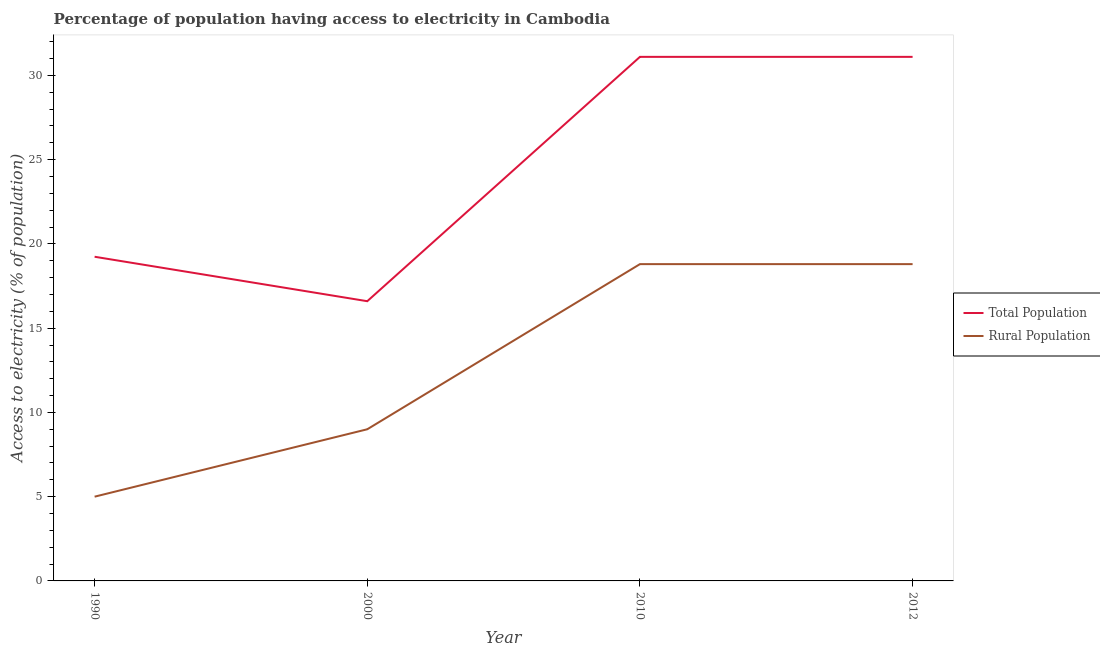
| Year | Total Population | Rural Population |
 | --- | --- | --- |
 | 1990 | 19.2 | 5 |
 | 2000 | 16.6 | 9 |
 | 2010 | 31.1 | 18.8 |
 | 2012 | 31.1 | 18.8 |